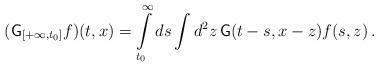
LaTeX: \begin{align*}(\mathsf{G}_{[+\infty ,t_0]}f)(t,x)=\int \limits^{\infty}_{t_0} ds \int d^2 z \, \mathsf{G}(t-s,x-z) f(s, z)\,. \end{align*}